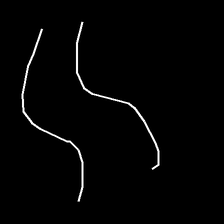
Glyph: float